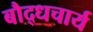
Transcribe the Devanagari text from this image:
बौद्धचार्य